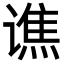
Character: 谯